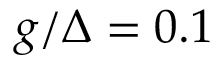
g / \Delta = 0 . 1